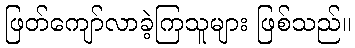
ဖြတ်ကျော်လာခဲ့ကြသူများ ဖြစ်သည်။